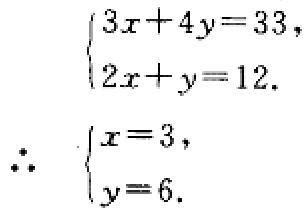
\[
\begin{cases}
3x + 4y = 33, \\
2x + y = 12.
\end{cases}
\therefore
\begin{cases}
x = 3, \\
y = 6.
\end{cases}
\]